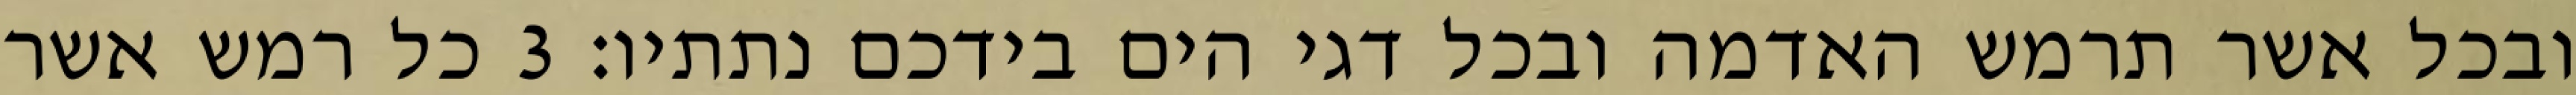
ובכל אשר תרמש האדמה ובכל דגי הים בידכם נתתיו׃ ‎3‏ כל רמש אשר